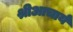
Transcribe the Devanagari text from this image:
श्रीआचार्य